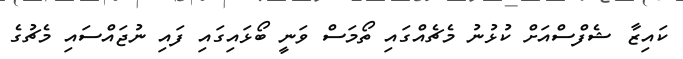
ކައިޒާ ޝެފްސްއަށް ކުޅުނު މެޗެއްގައި ތޯމަސް ވަނީ ބޯޅައިގައި ފައި ނުޖައްސައި މެޗުގެ